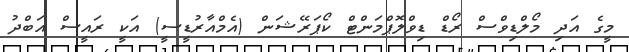
މީގެ އަދި މޯލްޑިވްސް ރޯޑް ޑިވްލޮޕްމަންޓް ކޯޕަރޭޝަން (އެމްއާރުޑީސީ) އަކީ ރައީސް އަބްދު